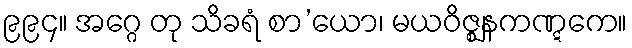
၉၉၄။ အဂ္ဂေ တု သိခရံ စာ’ယော၊ မယဝိဇ္ဈနကဏ္ဋကေ။